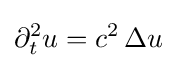
\partial _{t}^{2}u=c^{2}\,\Delta u